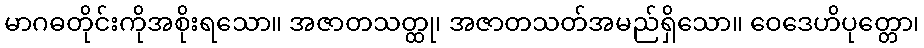
မာဂဓတိုင်းကိုအစိုးရသော။ အဇာတသတ္ထု၊ အဇာတသတ်အမည်ရှိသော။ ဝေဒေဟိပုတ္တော၊